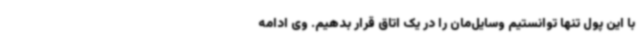
با این پول تنها توانستیم وسایل‌مان را در یک اتاق قرار بدهیم. وی ادامه